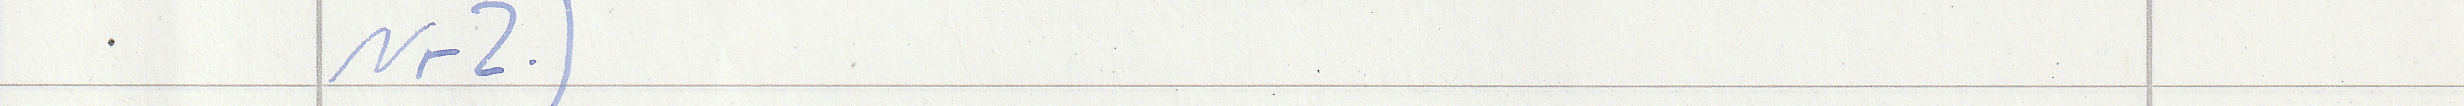
Nr2.)